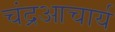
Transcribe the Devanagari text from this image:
चंद्रआचार्य